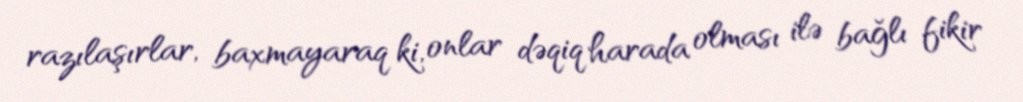
razılaşırlar, baxmayaraq ki, onlar dəqiq harada olması ilə bağlı fikir